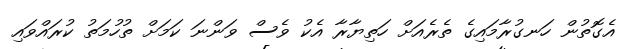
އެގޮތުން ހަނގުރާމައިގެ ތެރެއަށް ހަތިޔާރާ އެކު ވެސް ވަންނަ ކަމަށް ތުހުމަތު ކުރައްވައި